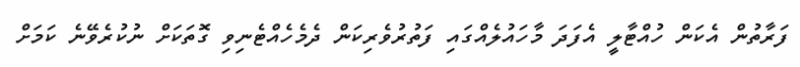
ފަރާތުން އެކަން ހުއްޓާލީ އެފަދަ މާހައުލެއްގައި ފަތުރުވެރިކަން ދެމެހެއްޓެނިވި ގޮތަކަށް ނުކުރެވޭނެ ކަމަށް